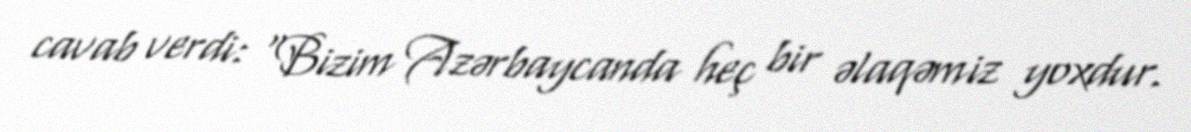
cavab verdi: “Bizim Azərbaycanda heç bir əlaqəmiz yoxdur.